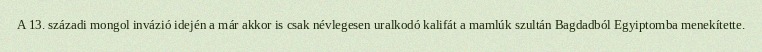
A 13. századi mongol invázió idején a már akkor is csak névlegesen uralkodó kalifát a mamlúk szultán Bagdadból Egyiptomba menekítette.